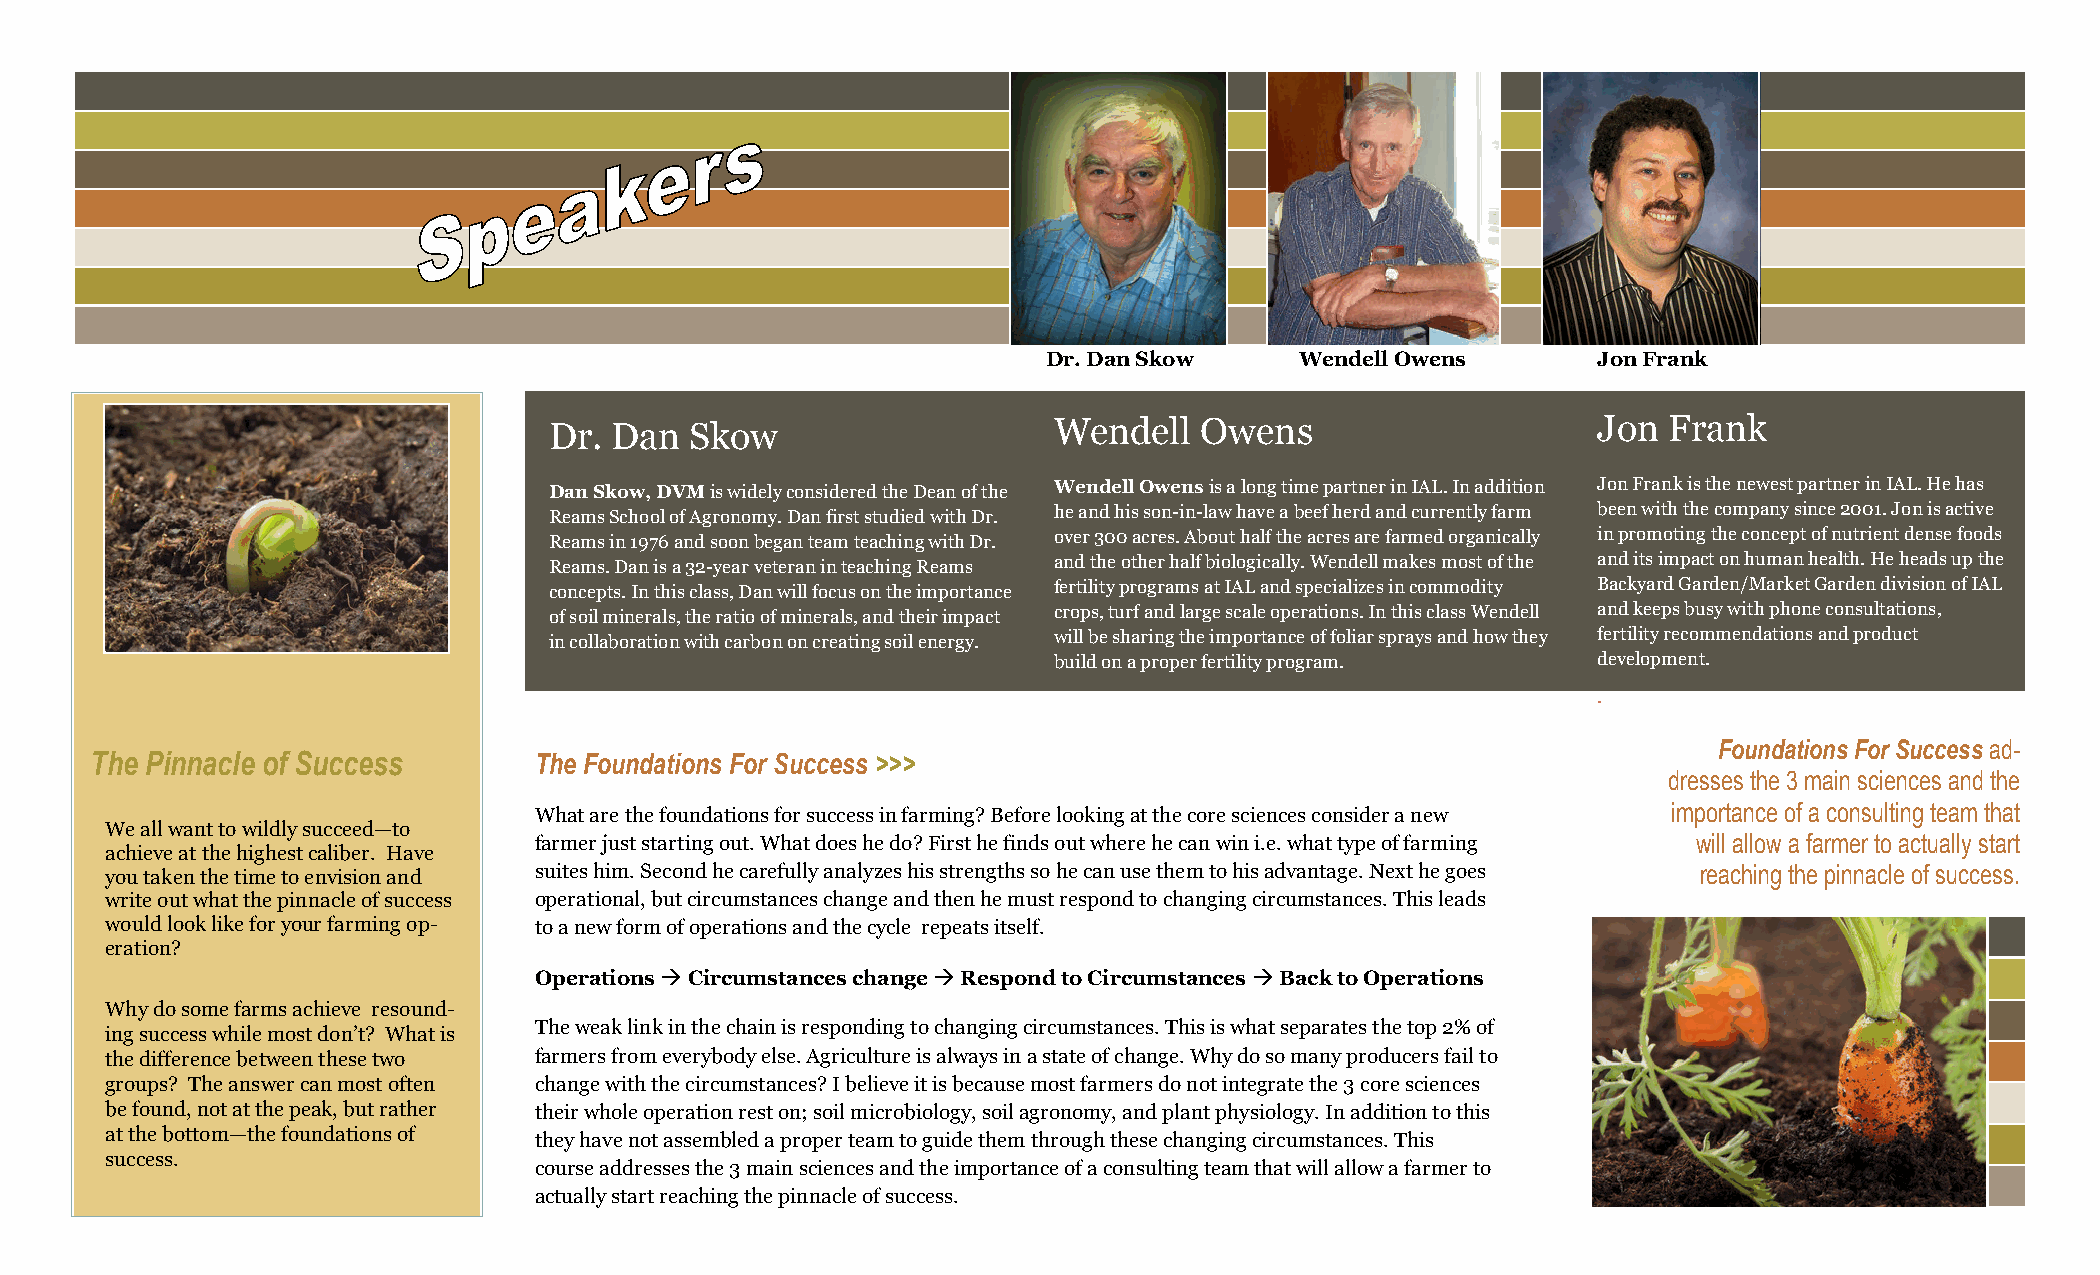
Dr. Dan Skow     Wendell Owens       Jon Frank
 Dr. Dan   Skow                    Wendell   Owens                     Jon Frank
 Dan Skow, DVM is widely considered the Dean of the Wendell Owens is a long time partner in IAL. In addition Jon Frank is the newest partner in IAL. He has
 Reams School of Agronomy. Dan first studied with Dr. he and his son-in-law have a beef herd and currently farm been with the company since 2001. Jon is active
 Reams in 1976 and soon began team teaching with Dr. over 300 acres. About half the acres are farmed organically in promoting the concept of nutrient dense foods
 Reams. Dan is a 32-year veteran in teaching Reams and the other half biologically. Wendell makes most of the and its impact on human health. He heads up the
 concepts. In this class, Dan will focus on the importance fertility programs at IAL and specializes in commodity Backyard Garden/Market Garden division of IAL
 of soil minerals, the ratio of minerals, and their impact crops, turf and large scale operations. In this class Wendell and keeps busy with phone consultations,
 in collaboration with carbon on creating soil energy. will be sharing the importance of foliar sprays and how they fertility recommendations and product
 build on a proper fertility program. development.
 .
 Foundations For Success ad-
 The Pinnacle of Success      The Foundations For Success >>>
 dresses the 3 main sciences and the
 What are the foundations for success in farming? Before looking at the core sciences consider a new importance of a consulting team that
 We all want to wildly succeed—to
 farmer just starting out. What does he do? First he finds out where he can win i.e. what type of farming will allow a farmer to actually start
 achieve at the highest caliber. Have
 you taken the time to envision and suites him. Second he carefully analyzes his strengths so he can use them to his advantage. Next he goes reaching the pinnacle of success.
 write out what the pinnacle of success operational, but circumstances change and then he must respond to changing circumstances. This leads
 would look like for your farming op- to a new form of operations and the cycle repeats itself.
 eration?
 Operations  Circumstances change  Respond to Circumstances  Back to Operations
 Why do some farms achieve resound-
 The weak link in the chain is responding to changing circumstances. This is what separates the top 2% of
 ing success while most don’t? What is
 the difference between these two farmers from everybody else. Agriculture is always in a state of change. Why do so many producers fail to
 groups? The answer can most often change with the circumstances? I believe it is because most farmers do not integrate the 3 core sciences
 be found, not at the peak, but rather their whole operation rest on; soil microbiology, soil agronomy, and plant physiology. In addition to this
 at the bottom—the foundations of
 they have not assembled a proper team to guide them through these changing circumstances. This
 success.
 course addresses the 3 main sciences and the importance of a consulting team that will allow a farmer to
 actually start reaching the pinnacle of success.